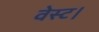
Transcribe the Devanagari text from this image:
वेस्ट।